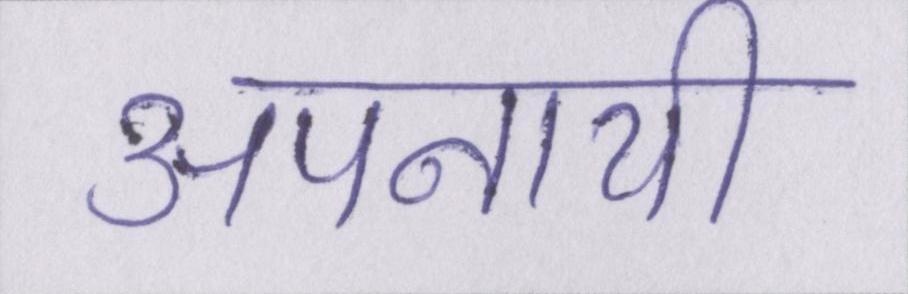
अपनायी